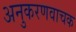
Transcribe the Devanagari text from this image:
अनुकरणवाचक